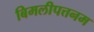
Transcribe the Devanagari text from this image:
बिमलीपत्तनम